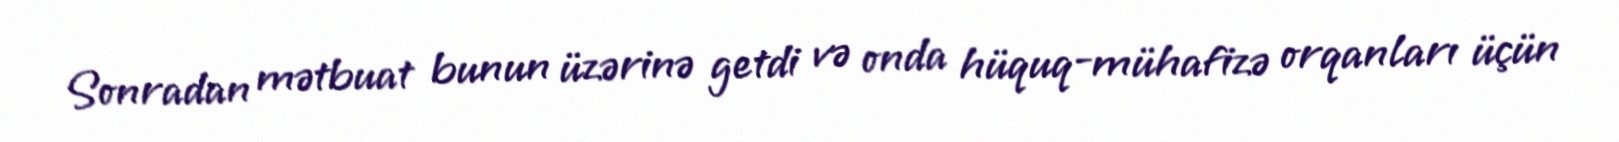
Sonradan mətbuat bunun üzərinə getdi və onda hüquq-mühafizə orqanları üçün